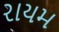
રાયમ